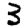
Digit: 3